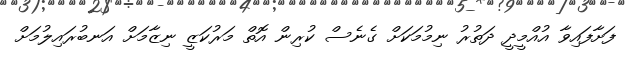
ފަށާފައިވާ އުއްމީދީ ދަތުރު ނިމުމަކަށް ގެނެސް ކުރިން އޮތް މަރުކަޒީ ނިޒާމަށް އަނބުރައިލުމަށް